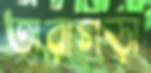
তারাগড়া